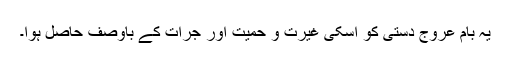
یہ بامِ عروج دستی کو اسکی غیرت و حمیت اور جرات کے باوصف حاصل ہوا۔